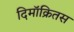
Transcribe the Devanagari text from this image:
दिमॉक्रितस